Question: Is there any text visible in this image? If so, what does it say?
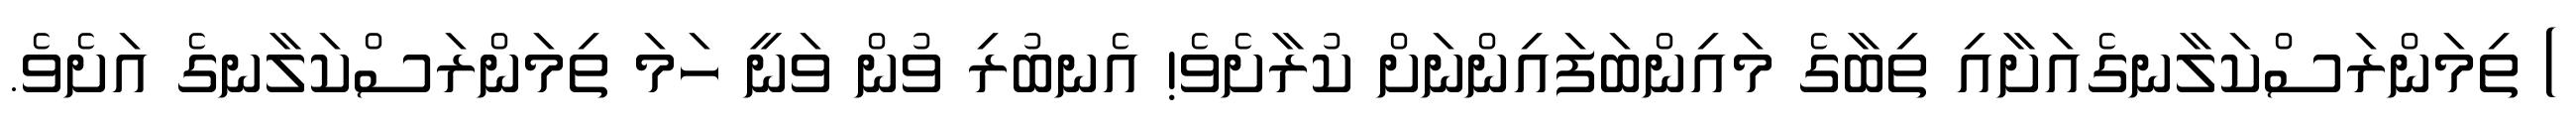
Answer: ) ތިމަންރަސްކަލާނގެއަށާއި ތިބާގެ މައިންބަފައިންނަށް ކުރާށެވެ! އެނބުރި ވުން ވަނީ ހަމަ ތިމަންރަސްކަލާނގެ އަށެވެ.